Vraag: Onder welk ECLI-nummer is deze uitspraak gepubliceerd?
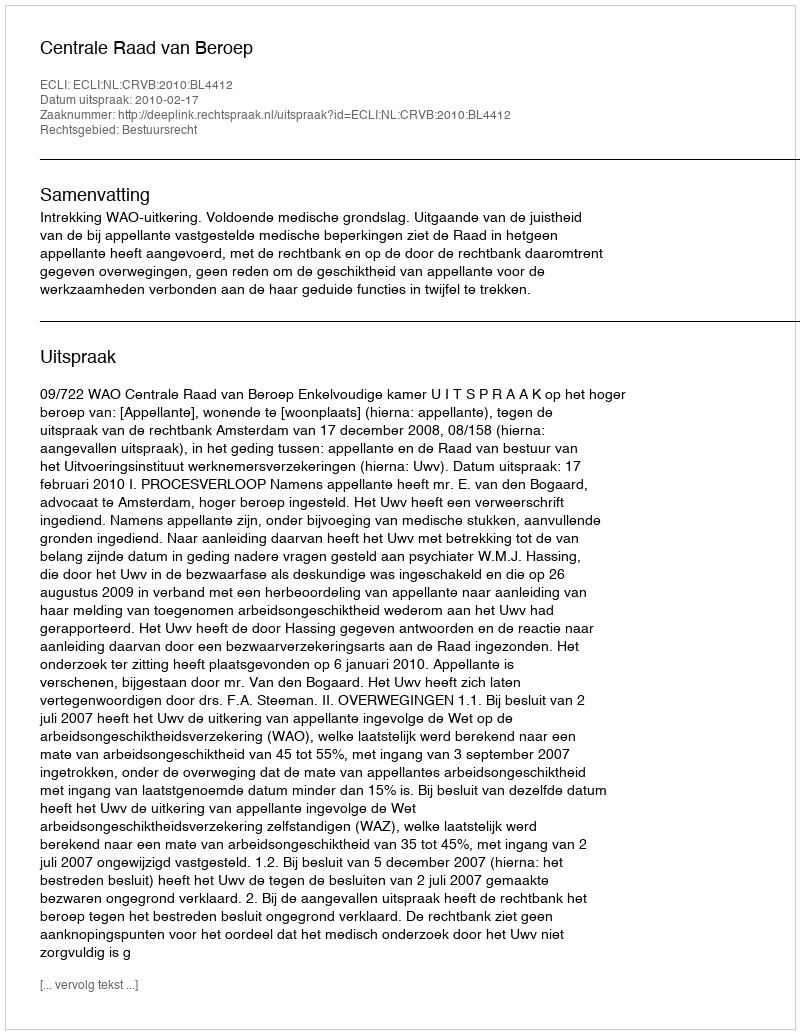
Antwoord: ECLI:NL:CRVB:2010:BL4412